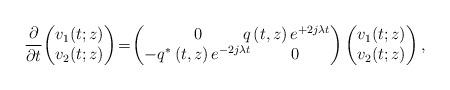
LaTeX: \begin{align*}\frac{\partial}{\partial t}\!\left(\begin{matrix}v_1(t;z)\\ v_2(t;z)\end{matrix}\right)\!=\!\left(\begin{matrix}0 & \!\!\!\!\!\!\!\!q\left(t,z\right)e^{+2j\lambda t} \\-q^*\left(t,z\right)e^{-2j\lambda t} & \!\!0\end{matrix}\right)\left(\begin{matrix}v_1(t;z)\\ v_2(t;z)\end{matrix}\right),\end{align*}